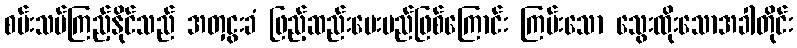
စမ်းသပ်ကြည့်နိုင်သည် အတှငွးခံ ဖြည့်ဆည်းပေးမည်ဖြစ်ကြောင်း ကြမ်းသော သွေးထိုးသောအခါတိုင်း